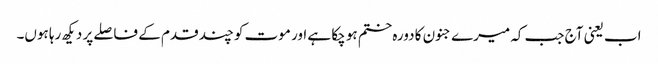
اب یعنی آج جب کہ میرے جنون کا دورہ ختم ہو چکا ہے اور موت کو چند قدم کے فاصلے پر دیکھ رہا ہوں۔